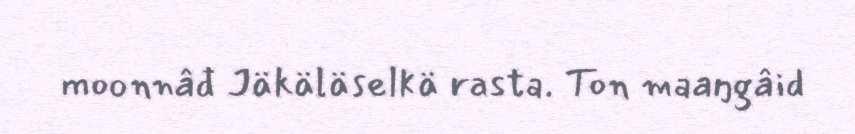
moonnâđ Jäkäläselkä rasta. Ton maaŋgâid